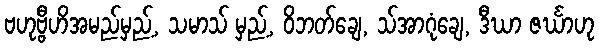
ဗဟုဗ္ဗီဟိအမည်မှည့်, သမာသ် မှည့်, ဝိဘတ်ချေ, သ်အာဂုံချေ, ဒီဃာ ဇင်္ဃာဟု